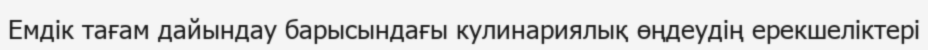
Емдік тағам дайындау барысындағы кулинариялық өңдеудің ерекшеліктері